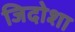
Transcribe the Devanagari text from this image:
जिदोशा